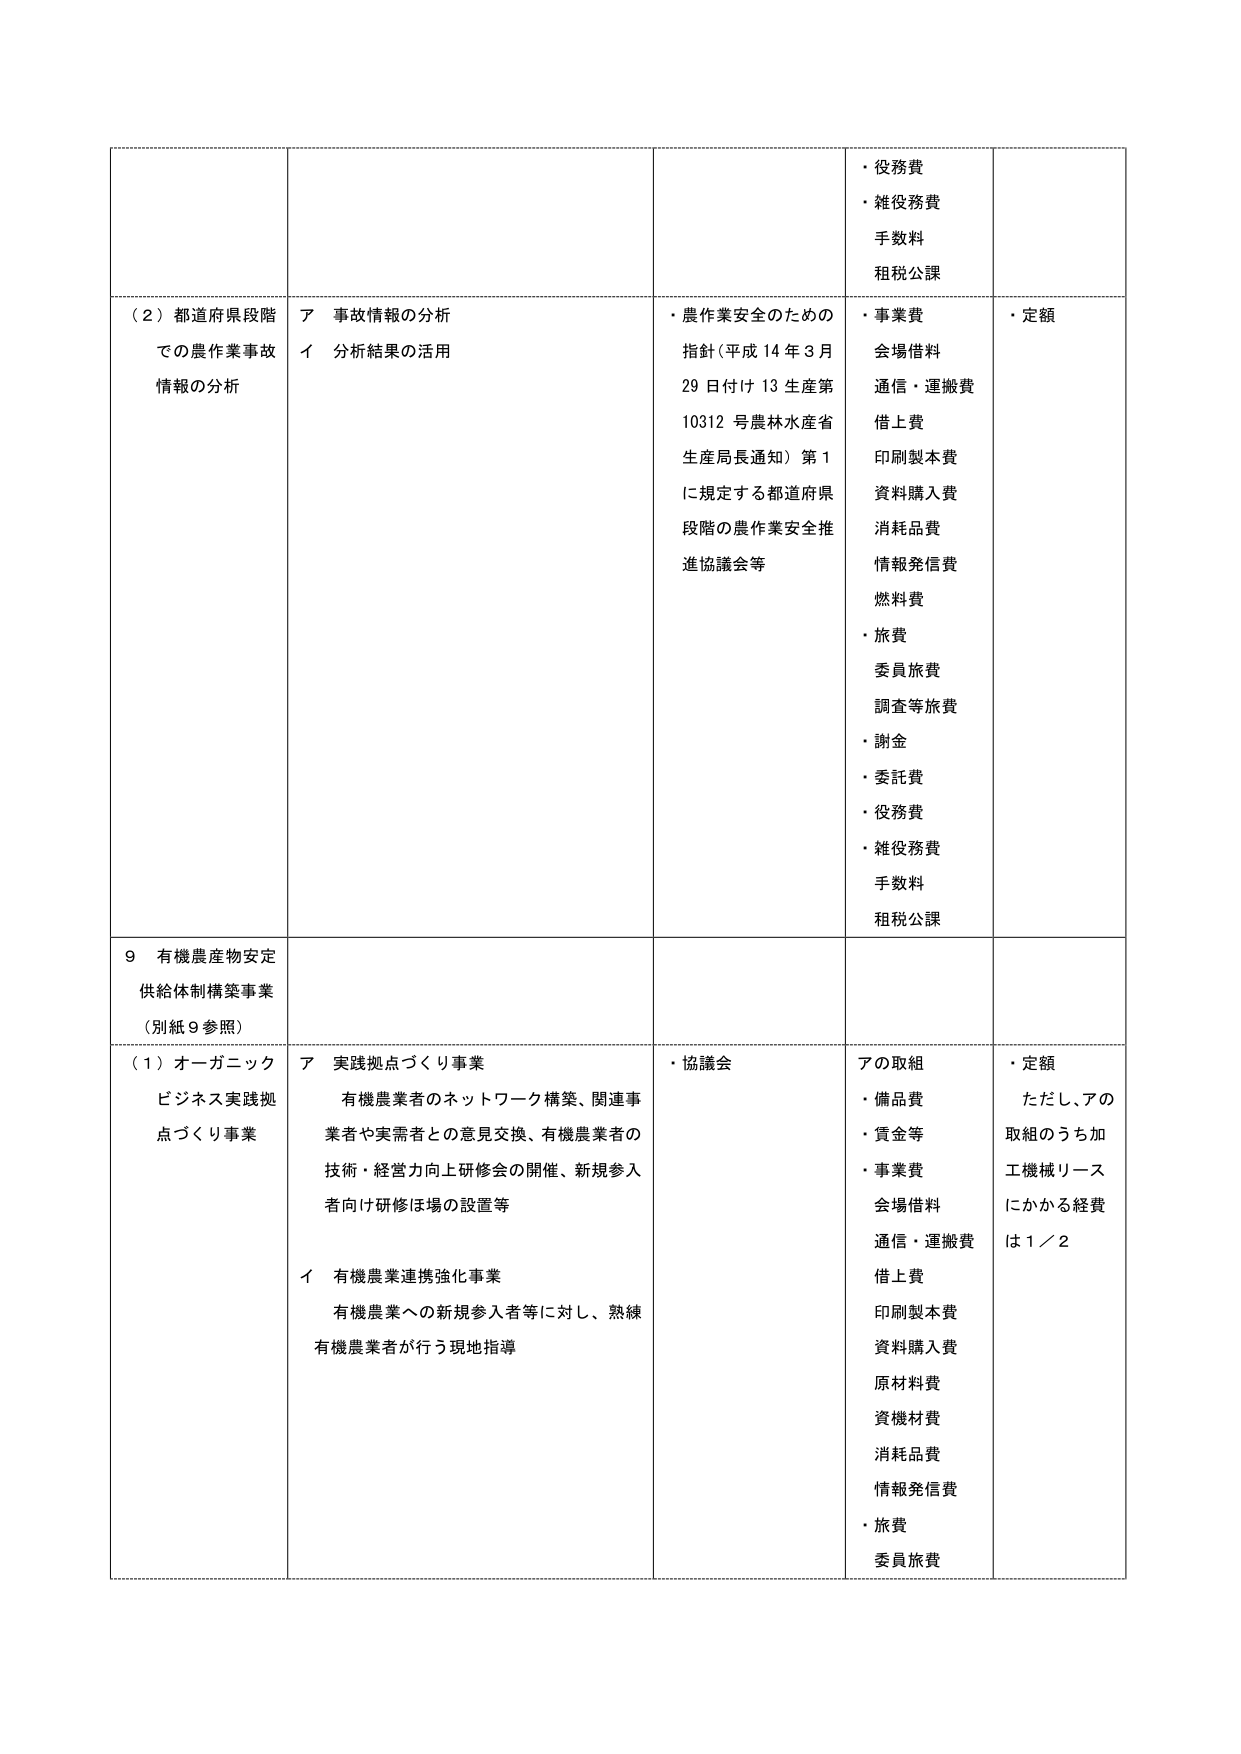
（２）都道府県段階での農作業事故情報の分析
ア 事故情報の分析
イ 分析結果の活用

・農作業安全のための指針（平成14年3月29日付け13生産第10312号農林水産省生産局長通知）第1に規定する都道府県段階の農作業安全推進協議会等

・役務費
・雑役務費
手数料
租税公課

・事業費
会場借料
通信・運搬費
借上費
印刷製本費
資料購入費
消耗品費
情報発信費
燃料費
・旅費
委員旅費
調査等旅費
・謝金
・委託費
・役務費
・雑役務費
手数料
租税公課

・定額

９ 有機農産物安定供給体制構築事業（別紙９参照）

（１）オーガニックビジネス実践拠点づくり事業
ア 実践拠点づくり事業
有機農業者のネットワーク構築、関連事業者や実需者との意見交換、有機農業者の技術・経営力向上研修会の開催、新規参入者向け研修ほ場の設置等
イ 有機農業連携強化事業
有機農業への新規参入者等に対し、熟練有機農業者が行う現地指導

・協議会

アの取組
・備品費
・賃金等
・事業費
会場借料
通信・運搬費
借上費
印刷製本費
資料購入費
原材料費
資機材費
消耗品費
情報発信費
・旅費
委員旅費

・定額
ただし、アの取組のうち加工機械リースにかかる経費は１／２